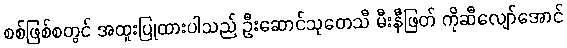
စစ်ဖြစ်စတွင် အထူးပြုထားပါသည် ဦးဆောင်သုတေသီ မီးနီဖြတ် ကိုဆီလျော်အောင်